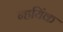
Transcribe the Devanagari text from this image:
न्हयिंक